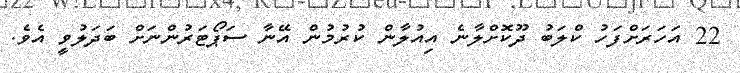
22 އަހަރަށްފަހު ކްލަބު ދޫކޮށްލާނެ އިއުލާން ކުރުމުން އޭނާ ސަޕޯޓަރުންނަށް ބަދަލުވީ އެވެ.